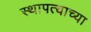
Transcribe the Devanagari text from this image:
स्थापत्याच्या